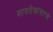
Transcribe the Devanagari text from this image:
मायलेकांसारखे